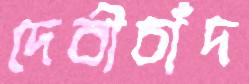
দেবীচাঁদ